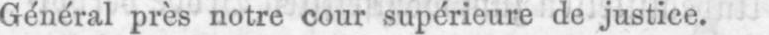
Général près notre cour supérieure de justice.